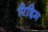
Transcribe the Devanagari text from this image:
रिद्दिम